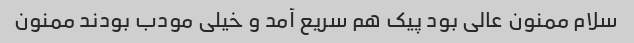
سلام ممنون عالی بود پیک هم سریع آمد و خیلی مودب بودند ممنون